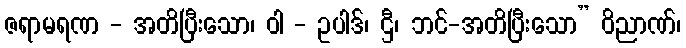
ဇရာမရဏ - အတိပြီးသော၊ ဝါ - ဥပါဒ်၊ ဌီ၊ ဘင်-အတိပြီးသော” ဝိညာဏ်၊